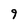
Character: 9